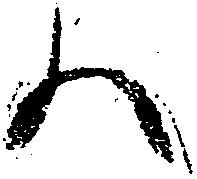
ハ